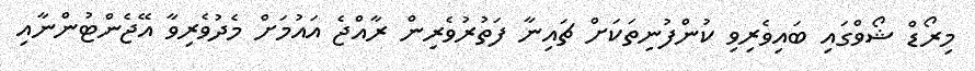
މިރޯޑް ޝޯވްގައި ބައިވެރިވި ކުންފުނިތަކަށް ޗައިނާ ފަތުރުވެރިން ރާއްޖެ އައުމަށް މެދުވެރިވާ އޭޖެންޓުންނާއި